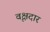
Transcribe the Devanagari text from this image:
वृक्षदार